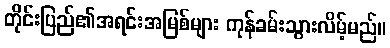
တိုင်းပြည်၏အရင်းအမြစ်များ ကုန်ခမ်းသွားလိမ့်မည်။